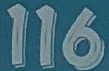
116